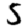
Digit: 5